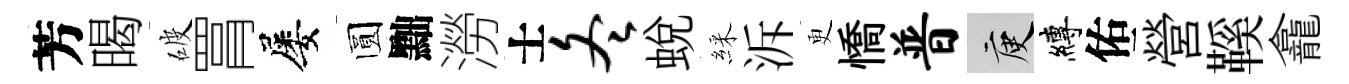
芳暍破罥屡圆黜澇士冬蛻綵泝更憍普庾縛佑營鞵龕